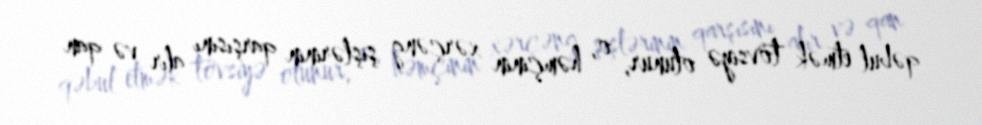
qəbul etmək tövsiyə olunur, o, həmçinin xərçəng şişlərinin qarşısını alır və qan